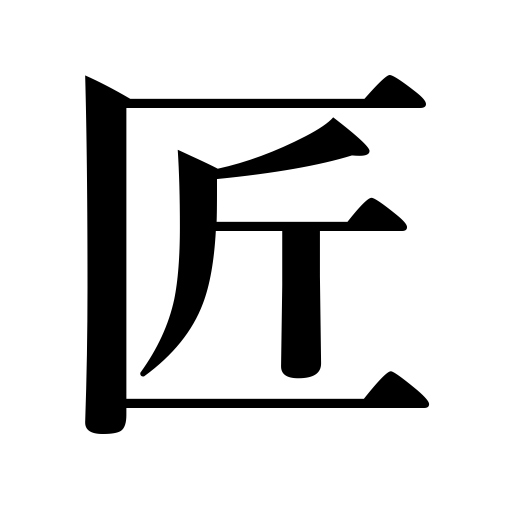
Meanings: artisan,workman,means,idea